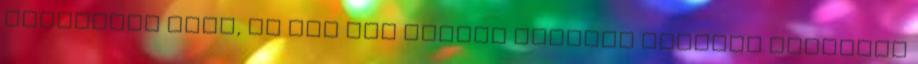
sivársága után, Az ész nem akarja elhinni Naponta ezerszer